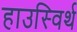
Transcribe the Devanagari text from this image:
हाउस्विर्थ